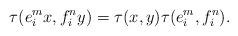
LaTeX: \begin{align*}\tau(e_i^mx,f_i^ny)=\tau(x,y)\tau(e_i^m,f_i^n).\end{align*}